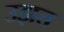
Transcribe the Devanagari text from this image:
उझत